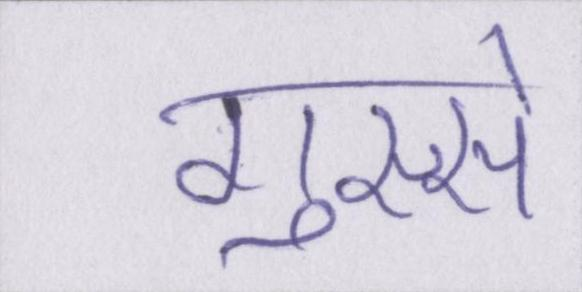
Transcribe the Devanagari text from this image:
गुस्से